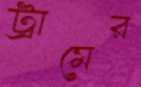
ট্রামের